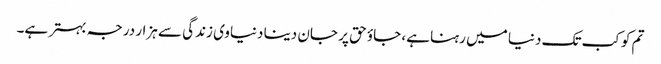
تم کو کب تک دنیا میں رہنا ہے، جاؤ حق پر جان دینا دنیاوی زندگی سے ہزار درجہ بہتر ہے۔